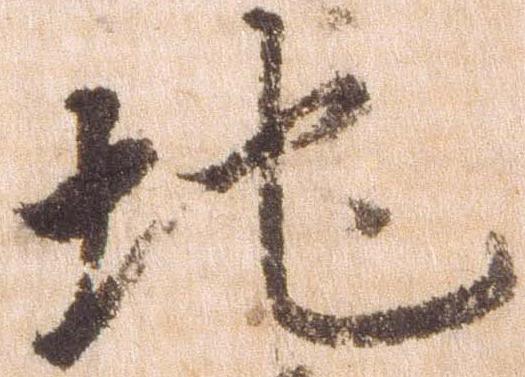
地